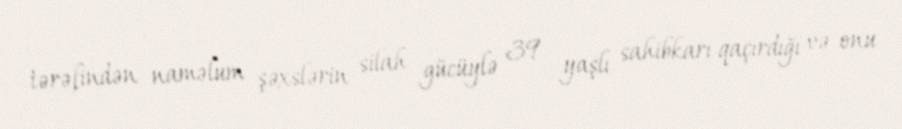
tərəfindən naməlum şəxslərin silah gücüylə 39 yaşlı sahibkarı qaçırdığı və onu